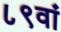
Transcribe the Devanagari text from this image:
८९वां